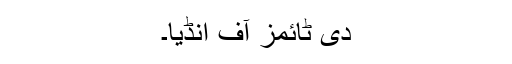
دی ٹائمز آف انڈیا۔